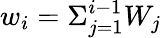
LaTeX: w_{i}=\Sigma_{j=1}^{i-1}W_{j}